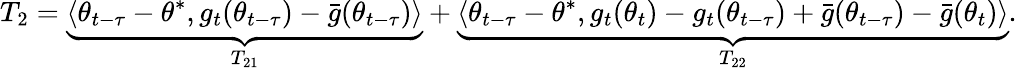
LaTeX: T_{2}=\underbrace{\langle\theta_{t-\tau}-\theta^{*},g_{t}(\theta_{t-\tau})-\bar{g}(\theta_{t-\tau})\rangle}_{T_{21}}+\underbrace{\langle\theta_{t-\tau}-\theta^{*},g_{t}(\theta_{t})-{g}_{t}(\theta_{t-\tau})+\bar{g}(\theta_{t-\tau})-\bar{g}(\theta_{t})\rangle}_{T_{22}}.